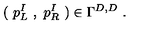
( \ p _ { L } ^ { I } \ , \ p _ { R } ^ { I } \ ) \in \Gamma ^ { D , D } \ .